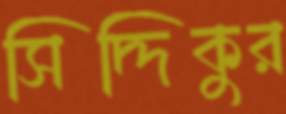
সিদ্দিকুর